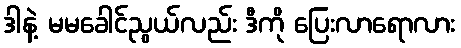
ဒါနဲ့ မမခေါင်ညွယ်လည်း ဒီကို ပြေးလာရောလား